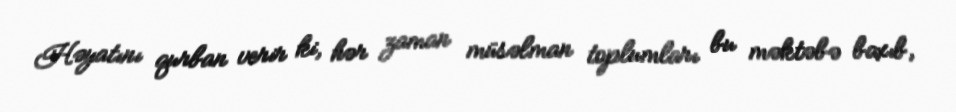
Həyatını qurban verir ki, hər zaman müsəlman toplumları bu məktəbə baxıb,